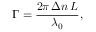
\Gamma = { \frac { 2 \pi \, \Delta n \, L } { \lambda _ { 0 } } } ,